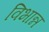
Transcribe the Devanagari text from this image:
विभान्न